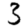
Digit: 3